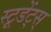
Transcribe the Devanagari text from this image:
स्टूडेंट्स्